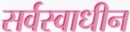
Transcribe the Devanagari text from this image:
सर्वस्वाधीन